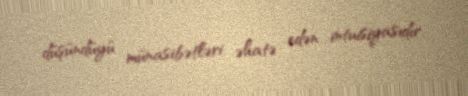
düşündüyü münasibətləri əhatə edən intuisiyasıdır.